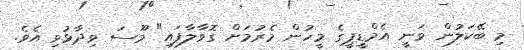
މި ބޭކަލުން ވަނީ އެމްޑީޕީގެ މީހުން މެރުމަށް ގޮވާލާފައި" މޫސަ ވިދާޅުވި އެވެ.